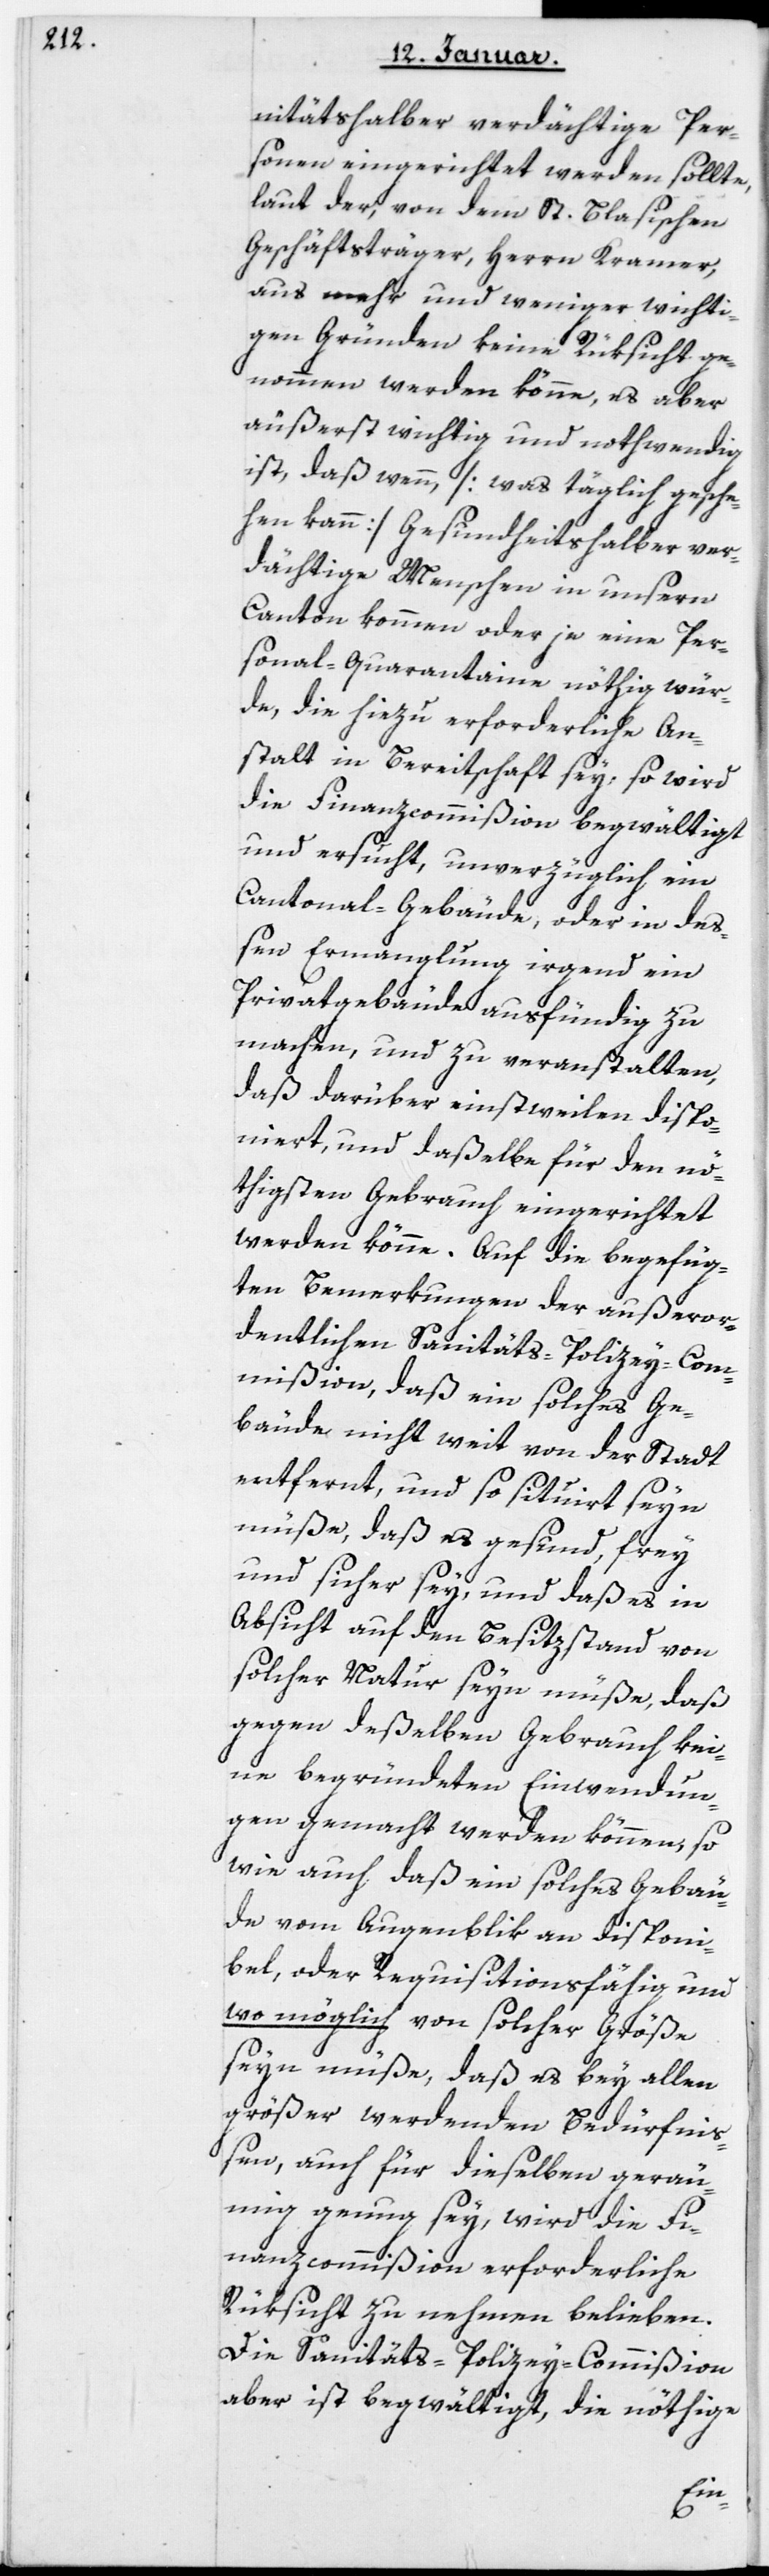
nitätshalber verdächtige Per¬
sonen eingerichtet werden sollte,
laut der, von dem St. Blasischen
Geschäftsträger Herrn Kramer,
aus mehr und weniger wichti¬
gen Gründen keine Rüksicht ge¬
nommen werden könne, es aber
äußerst wichtig und nothwendig
ist, daß wenn (was täglich gesche¬
hen kann) gesundheitshalber ver¬
dächtige Menschen in unsern
Canton kommen oder je eine Per¬
sonal-Quarantaine nöthig wür¬
de, die hiezu erforderliche An¬
stalt in Bereitschaft sey, so wird
die Finanzcommißion begwältigt
und ersucht, unverzüglich ein
Cantonal-Gebäude, oder in de¬
ßen Ermangelung irgend ein
Privatgebäude ausfündig zu
machen, und zu veranstalten,
daß darüber einstweilen dispo¬
niert, und daßelbe für den nö¬
thigsten Gebrauch eingerichtet
werden könne. Auf die beygefüg¬
ten Bemerkungen der außeror¬
dentlichen Sanitäts-Polizey-Com¬
mißion, daß ein solches Ge¬
bäude nicht weit von der Stadt
entfernt, und so situiert seyn
müße, daß es gesund, frey
und sicher sey, und daß es in
Absicht auf den Besitzstand von
solcher Natur seyn müße, daß
gegen deßelben Gebrauch kei¬
ne begründeten Einwendun¬
gen gemacht werden können, so
wie auch daß ein solches Gebäu¬
de vom Augenblik an disponi¬
bel oder requisitionsfähig und
wo möglich von solcher Größe
seyn müße, daß es bey allen
größer werdenden Bedürfni¬
ßen, auch für dieselben gerä¬
umig genug sey, wird die Fi¬
nanzcommißion erforderliche
Rüksicht zu nehmen belieben.
Die Sanitäts-Polizey-Commißion
aber ist begwältigt, die nöthige